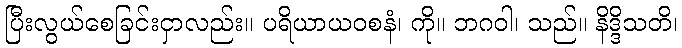
ပြီးလွယ်စေခြင်းငှာလည်း။ ပရိယာယဝစနံ၊ ကို။ ဘဂဝါ၊ သည်။ နိဒ္ဒိသတိ၊